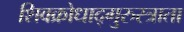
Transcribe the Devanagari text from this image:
शिवक्रोधाद्गुरुस्त्राता